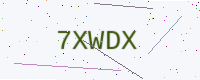
Text: 7XWDX